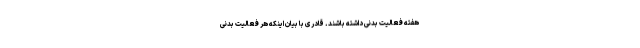
هفته فعالیت بدنی داشته باشند. قادری با بیان اینکه هر فعالیت بدنی‌